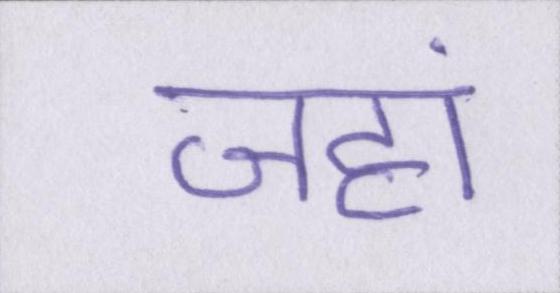
जहां